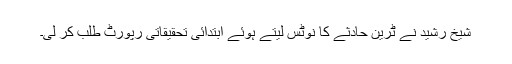
شیخ رشید نے ٹرین حادثے کا نوٹس لیتے ہوئے ابتدائی تحقیقاتی رپورٹ طلب کر لی۔